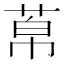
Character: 𦰬